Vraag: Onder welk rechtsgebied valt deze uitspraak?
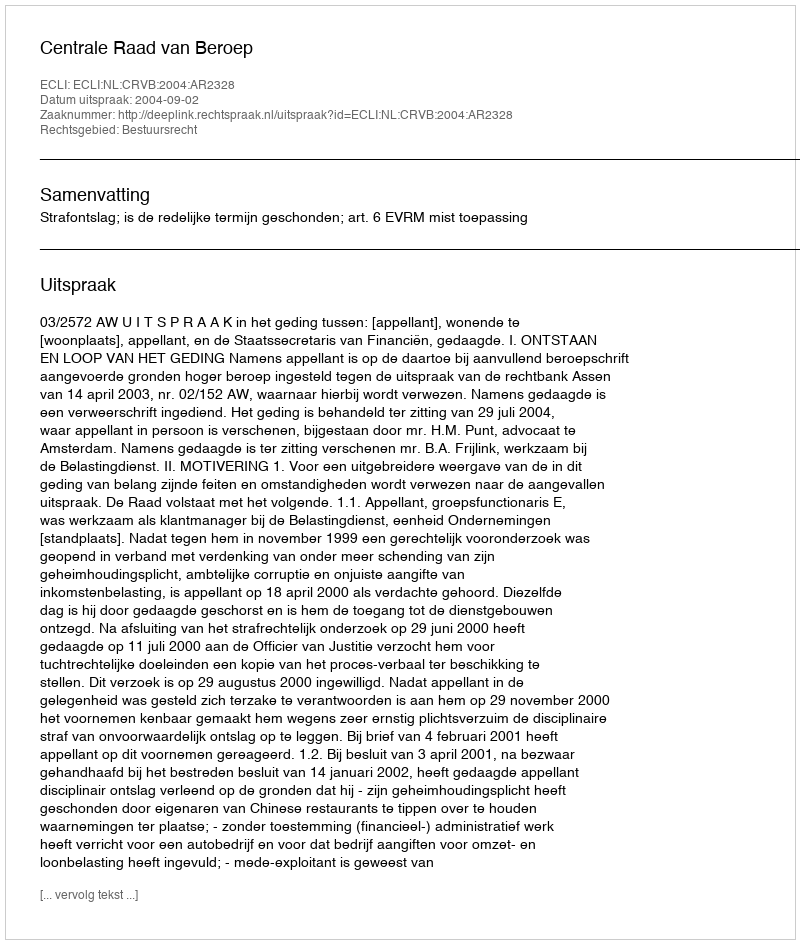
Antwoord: Bestuursrecht